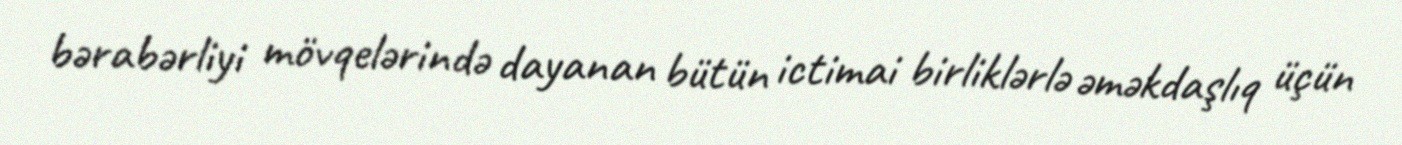
bərabərliyi mövqelərində dayanan bütün ictimai birliklərlə əməkdaşlıq üçün